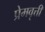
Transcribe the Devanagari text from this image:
प्रेमवृत्ती